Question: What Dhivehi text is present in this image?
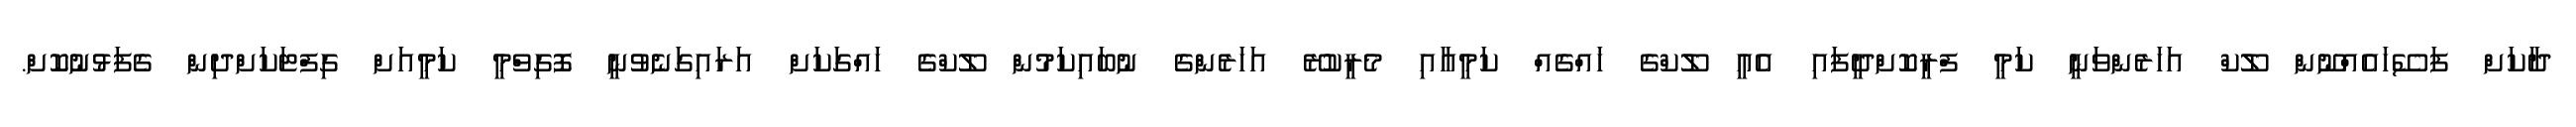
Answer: ދާކަށް ފަސޭހައެއްނޫން ލޫކް އަހަރެންވަނީ ކަމީ ފްރީކޮށްދީފައި އެއީ ލޫކްގެ ހައްގެއް ކަމީއާއި މެރީކުރޭ އަހަރެންގެ ނުބައިކަމުން ލޫކްގެ ހައްގަކަށް އަރައިގަނެވުނީ ފޮގިވްމީ ކަމީއަށް ގިފްޓަކަށްދިން ގެފަޅުނުކޮށް.